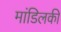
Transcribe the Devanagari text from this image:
मांडिलकी